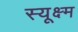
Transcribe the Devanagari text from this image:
स्यूक्ष्म